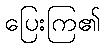
ပြေးကြ၏